Report on inoculation in the plague infected areas of the Punjab and its dependencies from October 1900 to September 1901
Year: 1900
Disease focus: Plague
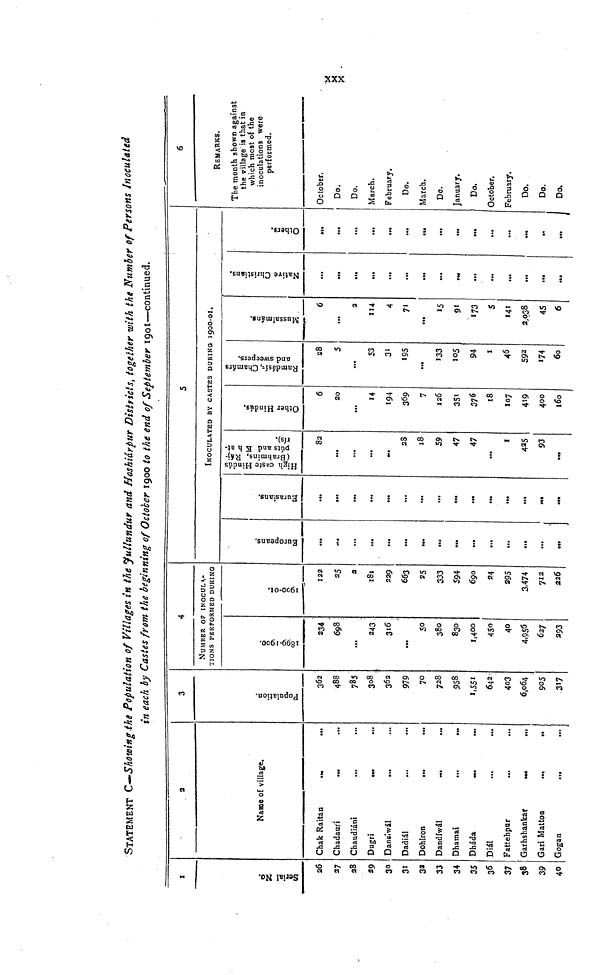
xxx
STATEMENT C - Showing the Population of Villages in the Jullundur and Hoshiárpur Districts, together with the Number of Persons Inoculated
in each by Castes from the beginning of October 1900 to the end of September 1901— continued.
1
Serial No.
26
27
28
29
30
31
32
33
34
35
36
37
38
39
40
2
Name of village.
Chak Raitan
.
...
Chadauri
...
Chaudiáni
...
Dugri
Dansiwál
..
Dadiál
Dohlron
Dandíwál
...
Dhamai
...
...
Dháda
Diál
Fattehpur
..
Garhshankar
Gari Matton
...
..
Gogan
...
3
Population.
362
488
785
308
362
979
70
728
958
1,551
642
403
6,064
905
317
4
NUMBER OF INOCULA-
TIONS PERFORMED DURING
1899-1900.
234
698
...
243
316
...
50
380
830
1,400
450
40
4,956
627
293
1900-01.
122
25
2
181
229
663
25
333
594
690
24
295
3,474
712
226
Europeans.
...
...
...
...
...
...
...
...
...
...
...
...
Eurasians.
...
...
...
...
...
....
...
•••
•••
...
...
•••
5
INOCULATED BY CASTES DURING 1900-01.
High Cast Hindús
(Brahmins, Ráj-
púts, and K h at-
rís).
82
...
...
...
28
18
59
47
47
...
1
425
93
Other Hindús.
6
20
...
14
194
369
7
126
351
376
18
107
419
400
160
Ramdásís Chamárs
and sweepers.
28
5
...
53
3'
195
...
133
105
94
1
46
592
174
60
Mussalmáns.
6
...
2
114
4
71
...
15
91
173
5
141
2,038
45
6
Native Christians.
...
».
...
...
...
...
...
...
...
M.
...
...
Others.
...
...
...
...
...
c«t
...
...
...
...
...
...
6
REMARKS.
The month shown against
the village is that in
which most of the
inoculations were
performed.
October.
Do.
Do.
March.
February.
Do.
March.
Do.
January.
Do.
October.
February.
Do.
Do.
Do.